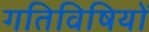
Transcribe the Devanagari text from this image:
गतिविषियों